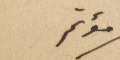
مؤتمر